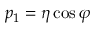
p _ { 1 } = \eta \cos \varphi